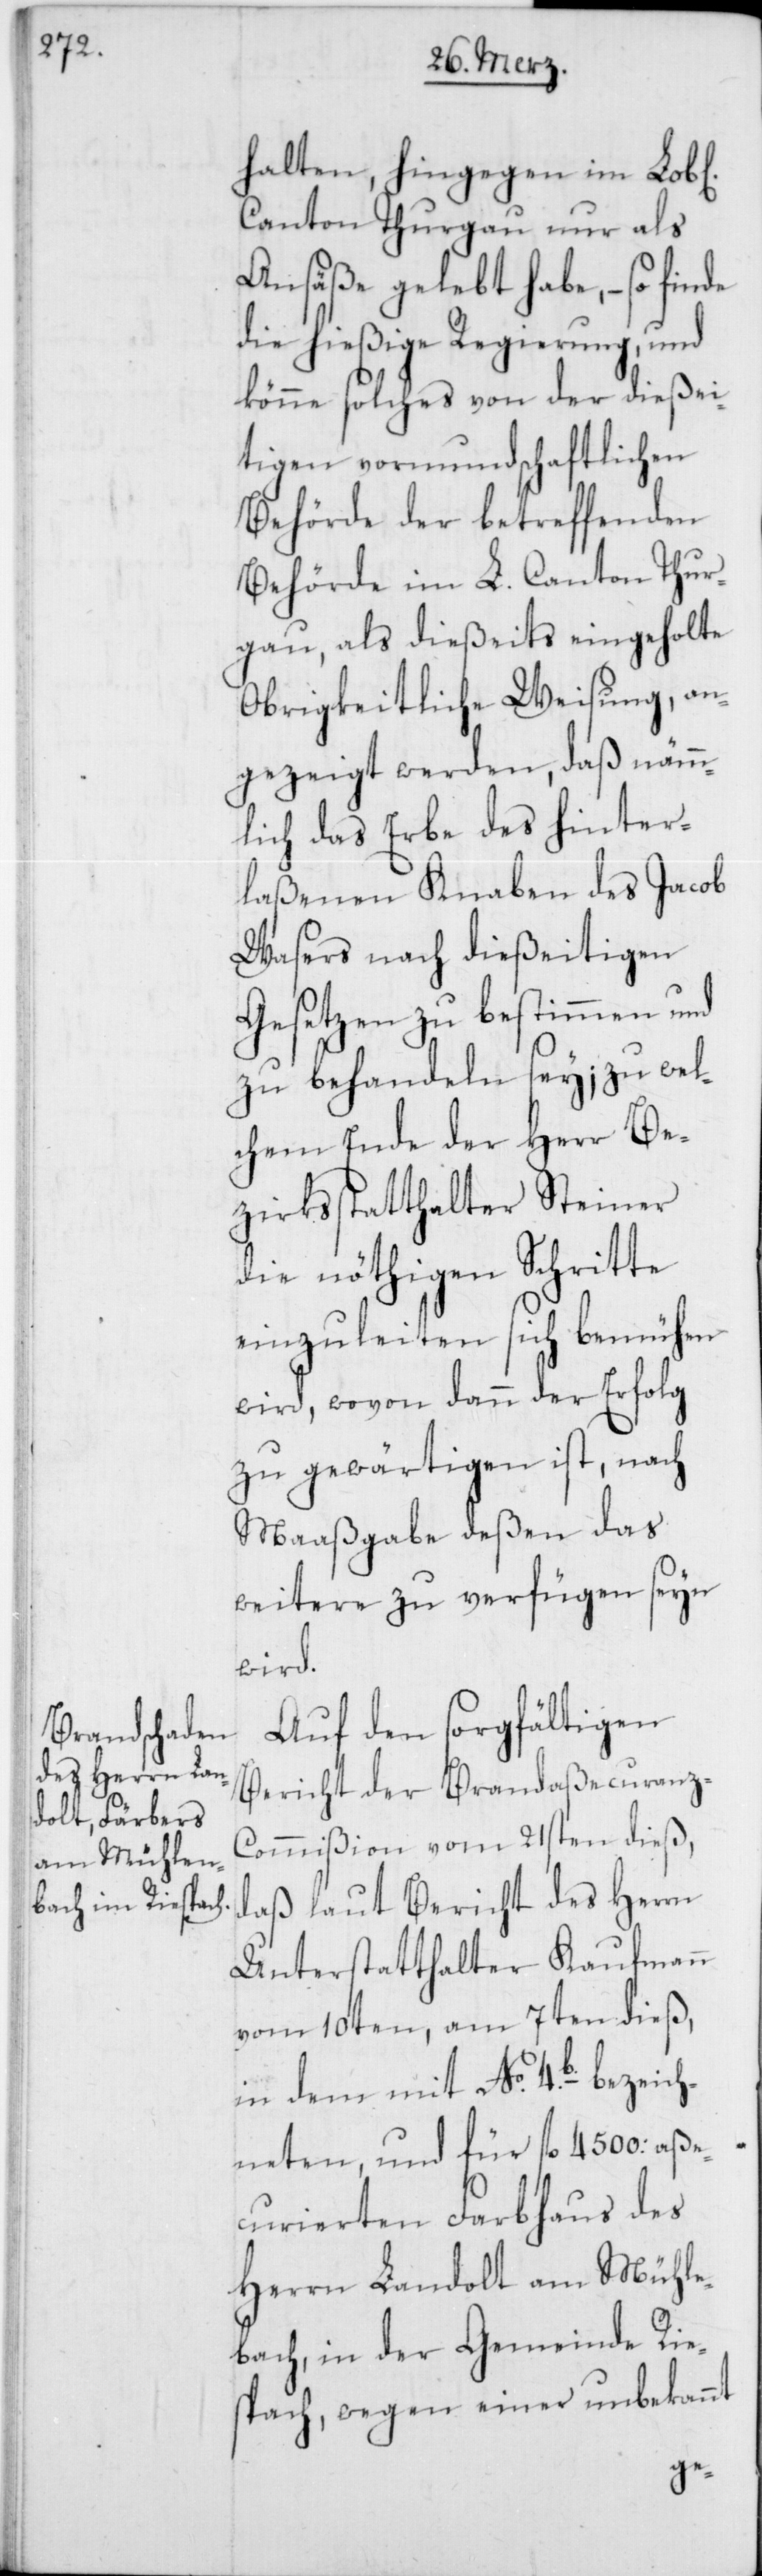
halten, hingegen im Lob[l¬
Canton Thurgau nur als
Ansäße gelebt habe, – so finde
die hießige Regierung, und
könne solches von der dießei¬
tigen vormundschaftlichen
Behörde der betreffenden
Behörde im L. Canton Thur¬
gau, als dießeits eingeholte
Obrigkeitliche Weisung, an¬
gezeigt werden, daß nämm¬
lich das Erbe des hinter¬
laßenen Knaben des Jacob
Wasers nach dießeitigen
Gesetzen zu bestimmen und
zu behandeln sey; zu wel¬
chem Ende der Herr Be¬
zirksstatthalter Steiner
die nöthigen Schritte
einzuleiten sich bemühen
wird, wovon dann der Erfolg
zu gewärtigen ist, nach
Maaßgabe deßen das
weitere zu verfügen seyn
wird.
Auf den sorgfältigen
Bericht der Brandaßecuranz-C¬
ommißion vom 21sten dieß,
daß laut Bericht des Herrn
Unterstatthalter Kaufmann
vom 10ten, am 7ten dieß,
in dem mit No. 4.b. bezeich¬
neten, und für fl. 4500: aße¬
curierten Farbhaus des
Herrn Landolt am Mühle¬
bach, in der Gemeinde Rie¬
sbach, wegen einer unbekannt
ichen]